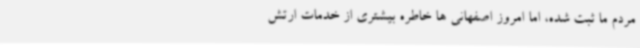
مردم ما ثبت شده، اما امروز اصفهانی ها خاطره بیشتری از خدمات ارتش